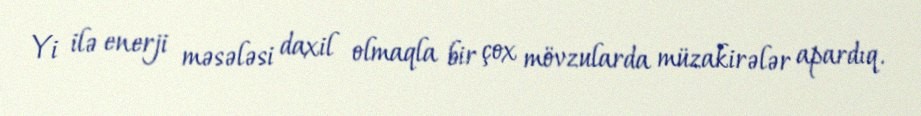
Yi ilə enerji məsələsi daxil olmaqla bir çox mövzularda müzakirələr apardıq.